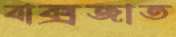
বাক্সজাত